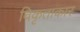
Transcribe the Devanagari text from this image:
विकृताकार